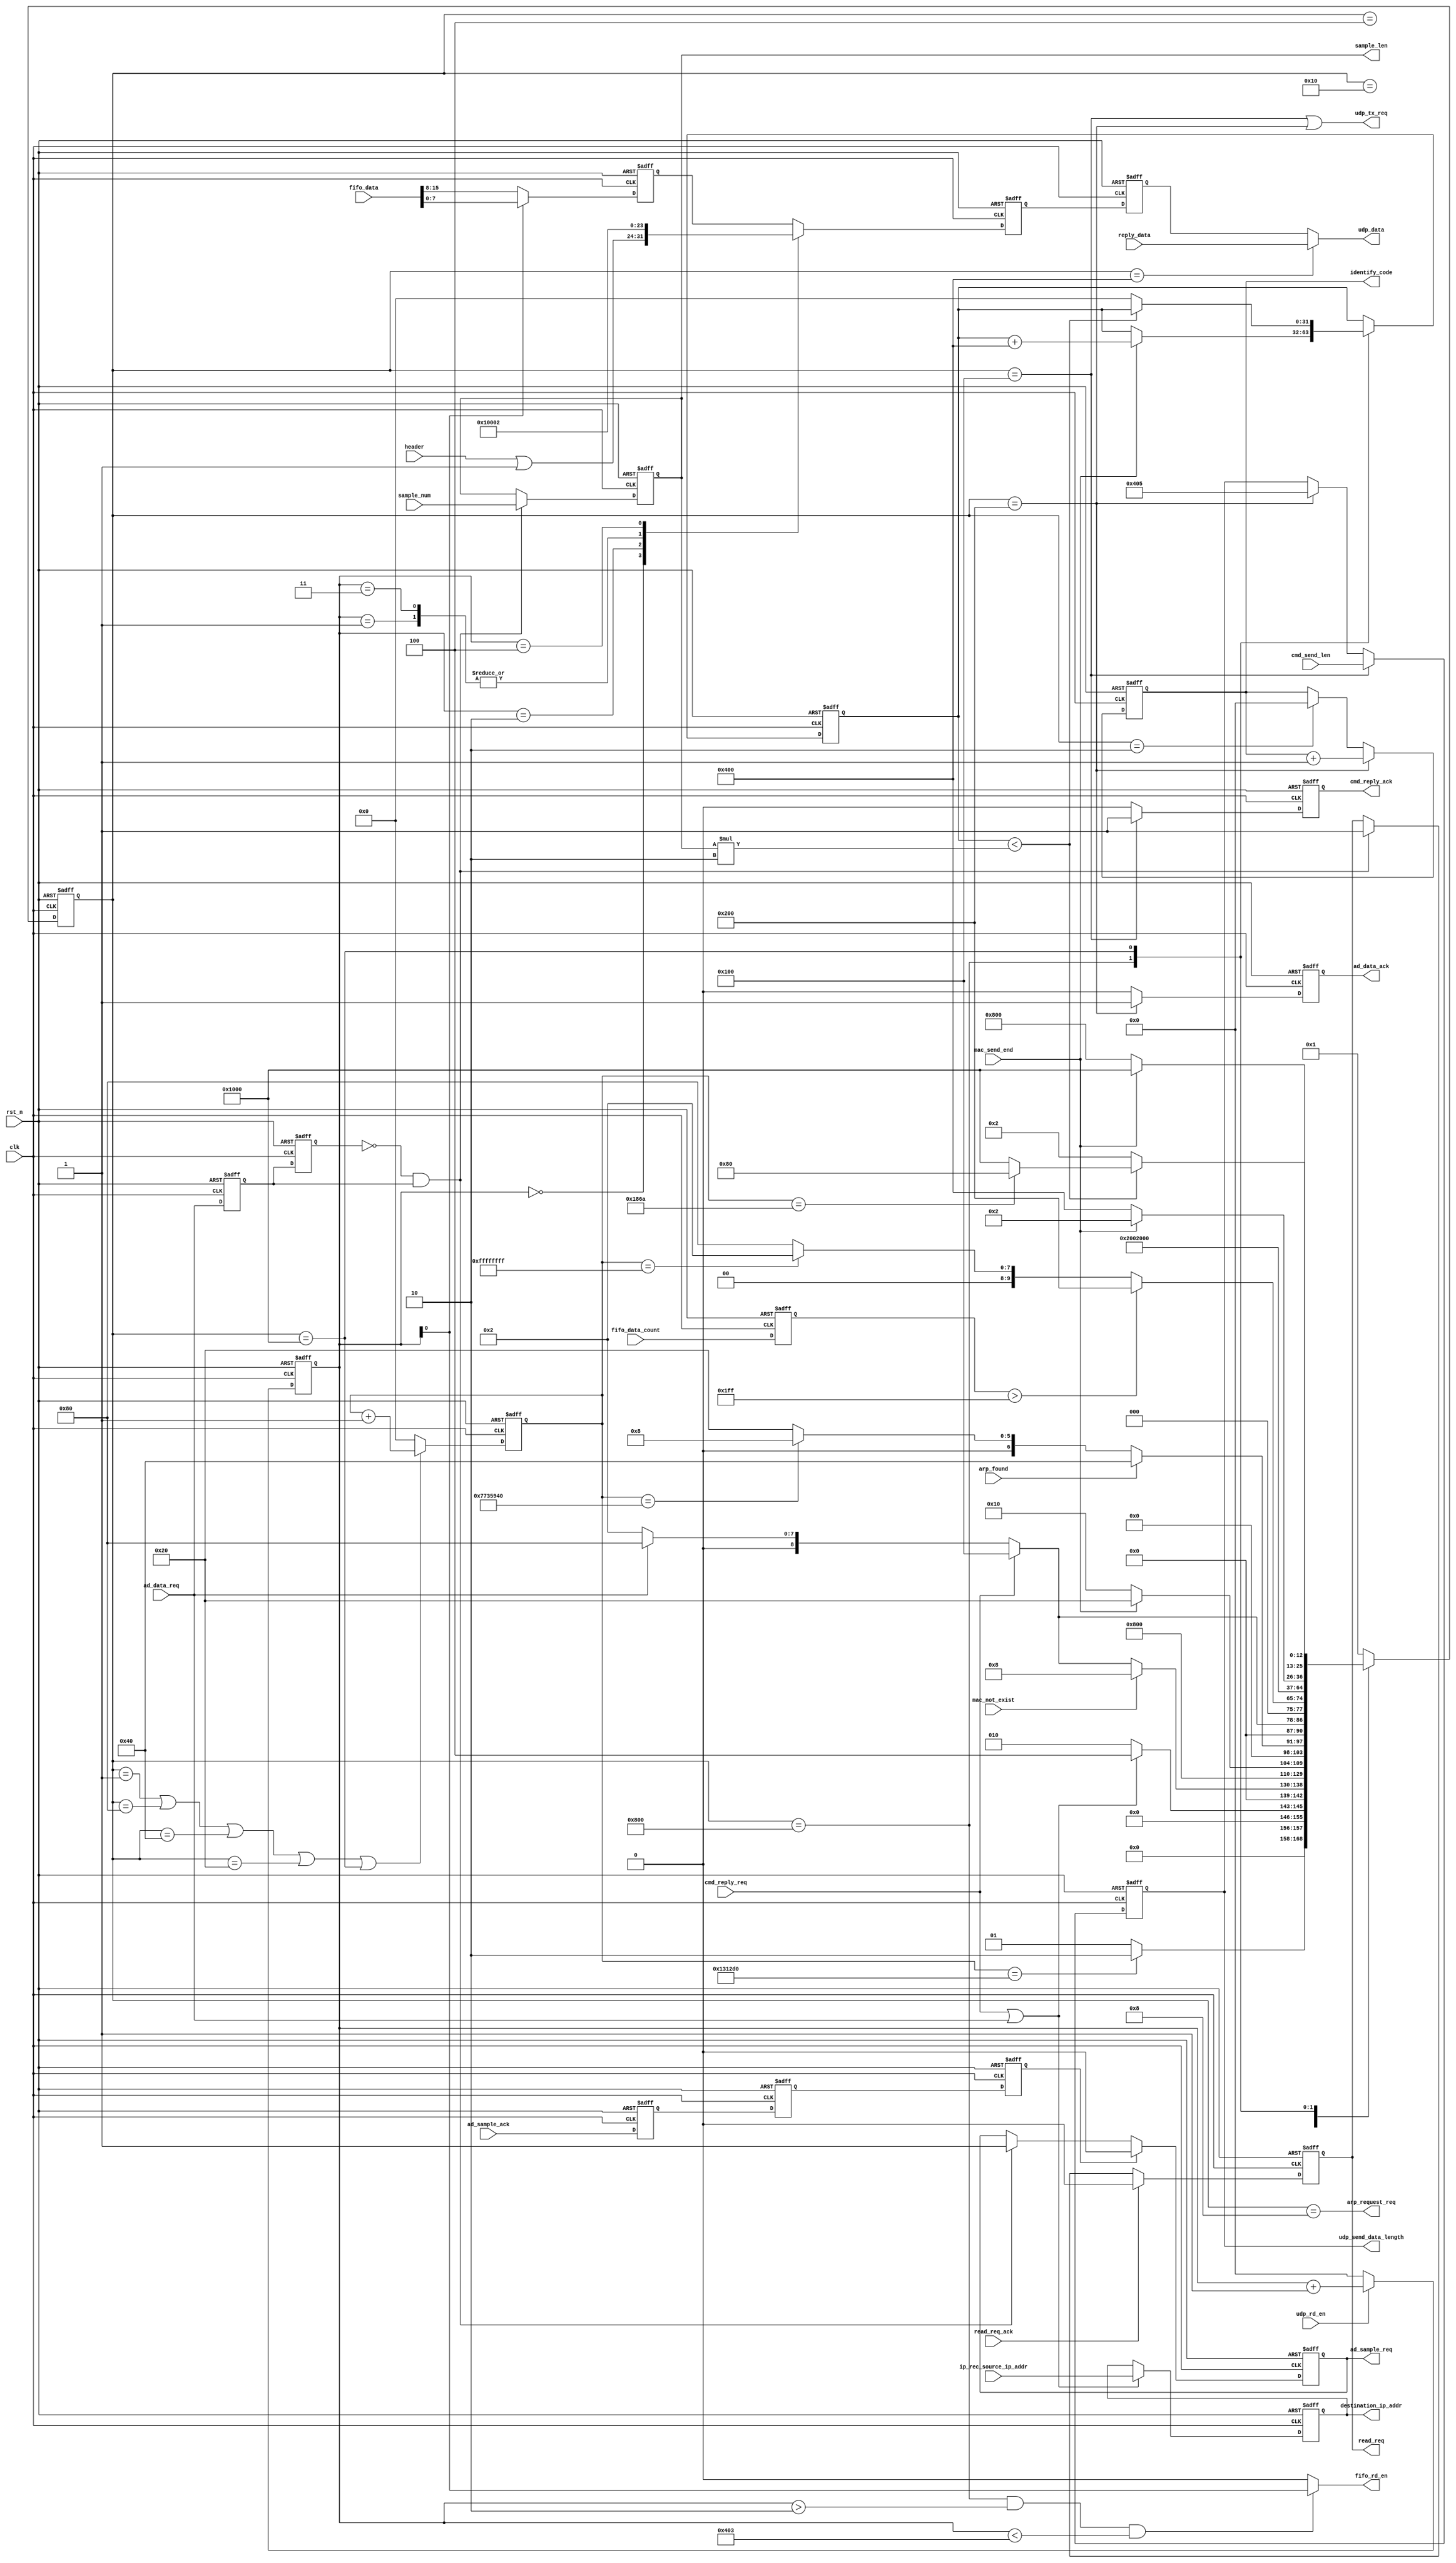
module mac_ctrl
       (
         input                     clk,
         input                     rst_n  ,
                                   
         output reg [15:0]         udp_send_data_length,
         input      [31:0]         ip_rec_source_ip_addr,    //broadcast source ip address
         output reg [31:0]         destination_ip_addr,
                                   
         input      [15:0]         fifo_data,             //FIFO中的数据
         input      [10:0]         fifo_data_count,       //FIFO中的数据数量
         output                    fifo_rd_en,            //FIFO读使
         input                     udp_rd_en,
                                   
         input      [7:0]          header,
         input      [31:0]         sample_num,
         output reg [31:0]         sample_len,
                                   
         input      [7:0]          reply_data,         //reply cmd
         output reg                cmd_reply_ack,
         input                     cmd_reply_req,      //cmd reply request
         input      [15:0]         cmd_send_len,       //cmd reply length
         output reg                ad_data_ack,
         input                     ad_data_req,        //ad data request
         output reg                ad_sample_req,
         input                     ad_sample_ack,
                                   
         input                     mac_send_end,
         input                     mac_not_exist,
         input                     arp_found,
         output                    udp_tx_req,
         output                    arp_request_req,
         output     [7:0]          udp_data,
                                   
         input                     read_req_ack,
         output reg                read_req,
         output reg [15:0]         identify_code
         
       );
       
localparam AD_DATA_REQ  = 32'h00010002 ;

reg [31:0]       wait_cnt ;
reg [31:0]       send_cnt ;
                 
reg              ad_sample_ack_d0     ;
reg              ad_sample_ack_d1     ;
reg              ad_sample_ack_d2     ;
reg              ad_req_d0         ;
reg              ad_req_d1         ;
wire             ad_req_posedge      ;
reg [15:0]       udp_cnt ;
reg [7:0]        udp_fifo_data ;
reg [7:0]        udp_fifo_data_tmp ;
reg [7:0]        fifo_data_tmp ;

parameter IDLE            = 13'b0000000000001 ;
parameter CMD_WAIT        = 13'b0000000000010 ;
parameter CHECK_ARP       = 13'b0000000000100 ;
parameter ARP_REQ         = 13'b0000000001000 ;
parameter ARP_SEND        = 13'b0000000010000 ;
parameter ARP_WAIT        = 13'b0000000100000 ;
parameter WAIT            = 13'b0000001000000 ;
parameter CHECK_FIFO      = 13'b0000010000000 ;
parameter GEN_CMD_REQ     = 13'b0000100000000 ;
parameter GEN_AD_REQ      = 13'b0001000000000 ;
parameter CMD_SEND        = 13'b0010000000000 ;
parameter AD_SEND         = 13'b0100000000000 ;
parameter AD_SEND_WAIT    = 13'b1000000000000 ;

reg [12:0]    state  ;

always @(posedge clk or negedge rst_n)
  begin
    if (~rst_n)
      begin
        state  <=  IDLE  ;
        send_cnt <= 32'd0 ;
      end
    else
      begin
        case(state)
          IDLE        :
            begin
              if (wait_cnt == 32'd1250000 )  //wait for 10ms
                state <= CMD_WAIT ;
              else
                state <= IDLE ;
            end
          CMD_WAIT  :
            begin
              if (cmd_reply_req|ad_data_req)
                state <= CHECK_ARP ;
              else
                state <= CMD_WAIT ;
            end
          CHECK_ARP   :
            begin
              if (mac_not_exist)
                state <= ARP_REQ ;
              else if (cmd_reply_req)
                state <= GEN_CMD_REQ ;
              else if (ad_data_req)
                state <= CHECK_FIFO ;
              else
                state <= CMD_WAIT ;
            end
          ARP_REQ     :
            state <= ARP_SEND ;
          ARP_SEND    :
            begin
              if (mac_send_end)
                state <= ARP_WAIT ;
              else
                state <= ARP_SEND ;
            end
          ARP_WAIT    :
            begin
              if (arp_found)
                state <= WAIT ;
              else if (wait_cnt == 32'd125_000_000)
                state <= ARP_REQ ;
              else
                state <= ARP_WAIT ;
            end
          WAIT    :
            begin
              if (cmd_reply_req)
                state <= GEN_CMD_REQ ;
              else if (ad_data_req)
                state <= CHECK_FIFO ;
              else
                state <= CMD_WAIT ;
            end
          CHECK_FIFO  :
            begin
              if (fifo_rdusedw > 11'd511)
                state <= GEN_AD_REQ     ;
              else if (wait_cnt == 32'hffffffff)
                state <= CMD_WAIT     ;
              else
                state <= CHECK_FIFO ;
            end
            
          GEN_CMD_REQ :
            begin
            
              state <= CMD_SEND ;
            end
          GEN_AD_REQ  :
            begin
              state <= AD_SEND ;
            end
          CMD_SEND    :
            begin
              if (mac_send_end)
                state <= CMD_WAIT ;
              else
                state <= CMD_SEND ;
            end
          AD_SEND     :
            begin
              if (mac_send_end)
                begin
                  state <= AD_SEND_WAIT ;
                  send_cnt <= send_cnt + 32'd1024 ;
                end
              else
                state <= AD_SEND ;
            end
            
          AD_SEND_WAIT:
            begin
              if (send_cnt < sample_len*2)
                begin
                  if (wait_cnt == 32'd6250)
                    state <= CHECK_FIFO ;
                  else
                    state <= AD_SEND_WAIT ;
                end
              else
                begin
                  send_cnt <= 32'd0 ;
                  state <= CMD_WAIT ;
                end
            end
          default     :
            state <= IDLE ;
        endcase
      end
  end
  
  
  
  
assign udp_tx_req = (state == GEN_CMD_REQ || state == GEN_AD_REQ) ;
assign arp_request_req = (state == ARP_REQ) ;

assign udp_data = (state == CMD_SEND) ? reply_data : udp_fifo_data ;

always @(posedge clk or negedge rst_n)
  begin
    if (~rst_n)
      identify_code <= 16'd0 ;
    else if (state == GEN_AD_REQ)
      identify_code <= identify_code + 1'b1 ;
    else if (state == CMD_WAIT)
      identify_code <= 16'd0 ;
  end
  
always @(posedge clk or negedge rst_n)
  begin
    if (~rst_n)
      begin
        ad_sample_ack_d0 <= 1'b0 ;
        ad_sample_ack_d1 <= 1'b0 ;
        ad_sample_ack_d2 <= 1'b0 ;
      end
    else
      begin
        ad_sample_ack_d0 <= ad_sample_ack ;
        ad_sample_ack_d1 <= ad_sample_ack_d0 ;
        ad_sample_ack_d2 <= ad_sample_ack_d1 ;
      end
  end
  
always @(posedge clk or negedge rst_n)
  begin
    if (!rst_n)
      begin
        ad_req_d0 <= 1'b0 ;
        ad_req_d1 <= 1'b0 ;
      end
    else
      begin
        ad_req_d0 <= ad_data_req ;
        ad_req_d1 <= ad_req_d0 ;
      end
  end
  
assign ad_req_posedge = ~ad_req_d1 & ad_req_d0 ;

always @(posedge clk or negedge rst_n )
  begin
    if (!rst_n)
      ad_sample_req <= 1'b0 ;
    else if (ad_sample_ack_d2)
      ad_sample_req <= 1'b0 ;
    else if (ad_req_posedge)
      ad_sample_req <= 1'b1 ;
      
  end
  
always @(posedge clk or negedge rst_n)
  begin
    if (!rst_n)
      sample_len <= 1'b0 ;
    else if (ad_req_posedge)
      sample_len <= sample_num ;
  end
  
  
always @(posedge clk or negedge rst_n)
  begin
    if (!rst_n)
      destination_ip_addr <= 32'hffffffff ;
    else if (cmd_reply_req|ad_data_req)
      destination_ip_addr <= ip_rec_source_ip_addr ;
  end
  
always @(posedge clk or negedge rst_n )
  begin
    if (!rst_n)
      read_req <= 1'b0 ;
    else if (read_req_ack)
      read_req <= 1'b0 ;
    else if (ad_req_posedge)
      read_req <= 1'b1 ;
  end
  
  
always @(posedge clk or negedge rst_n)
  begin
    if (!rst_n)
      ad_data_ack <= 1'b0 ;
    else if (state ==  GEN_AD_REQ)
      ad_data_ack <= 1'b1 ;
    else
      ad_data_ack <= 1'b0 ;
  end
  
always @(posedge clk or negedge rst_n)
  begin
    if (!rst_n)
      cmd_reply_ack <= 1'b0 ;
    else if (state ==  GEN_CMD_REQ)
      cmd_reply_ack <= 1'b1 ;
    else
      cmd_reply_ack <= 1'b0 ;
  end
  
always @(posedge clk or negedge rst_n)
  begin
    if (!rst_n)
      udp_send_data_length <= 16'd0 ;
    else if (state ==  GEN_CMD_REQ)
      udp_send_data_length <= cmd_send_len ;
    else if (state ==  GEN_AD_REQ)
      udp_send_data_length <= 16'd1029 ;
  end
  
  
reg [10:0] fifo_rdusedw ;
always @(posedge clk or negedge rst_n)
  begin
    if (!rst_n)
      fifo_rdusedw <= 11'd0 ;
    else
      fifo_rdusedw <= fifo_data_count ;
  end
  
  
always@(posedge clk or negedge rst_n)
  begin
    if(rst_n == 1'b0)
      wait_cnt <= 0 ;
    else if (state == IDLE ||state == CHECK_FIFO || state == WAIT || state == ARP_WAIT || state == AD_SEND_WAIT)
      wait_cnt <= wait_cnt + 1'b1 ;
    else
      wait_cnt <= 0 ;
  end
  
  
  
assign fifo_rd_en = (state == AD_SEND && udp_cnt > 16'd2 && udp_cnt < 16'd1027)? udp_cnt[0] : 1'b0 ;



always @(posedge clk or negedge rst_n)
  begin
    if (!rst_n)
      udp_cnt <= 16'd0 ;
    else if (udp_rd_en)
      udp_cnt <= udp_cnt + 1'b1 ;
    else
      udp_cnt <= 16'd0 ;
  end
  
always @(posedge clk or negedge rst_n)
  begin
    if (!rst_n)
      udp_fifo_data_tmp <= 8'd0 ;
    else
      case(udp_cnt)
        16'd0   :  udp_fifo_data_tmp <= header|8'h01 ;
        16'd1   :  udp_fifo_data_tmp <= AD_DATA_REQ[31:24] ;
        16'd2   :  udp_fifo_data_tmp <= AD_DATA_REQ[23:16] ;
        16'd3   :  udp_fifo_data_tmp <= AD_DATA_REQ[15:8]  ;
        16'd4   :  udp_fifo_data_tmp <= AD_DATA_REQ[7:0]   ;
        default :  udp_fifo_data_tmp <= fifo_data_tmp ;
      endcase
  end
  
always @(posedge clk or negedge rst_n)
  begin
    if (!rst_n)
      udp_fifo_data <= 8'd0 ;
    else
      udp_fifo_data <= udp_fifo_data_tmp ;
  end
  
always @(posedge clk or negedge rst_n)
  begin
    if (!rst_n)
      fifo_data_tmp <= 8'd0 ;
    else if (udp_cnt[0])
      fifo_data_tmp <= fifo_data[7:0] ;
    else
      fifo_data_tmp <= fifo_data[15:8] ;
  end
  
endmodule